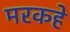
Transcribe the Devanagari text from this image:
मरकहे